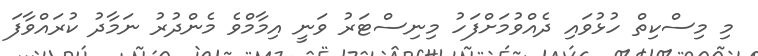
މި މިސްކިތް ހުޅުވައި ދެއްވުމަށްފަހު މިނިސްޓަރު ވަނީ އިމާމްވެ މެންދުރު ނަމާދު ކުރައްވާފަ